Code of medical and sanitary regulations for the guidance of medical officers serving in the Madras Presidency - Volume I
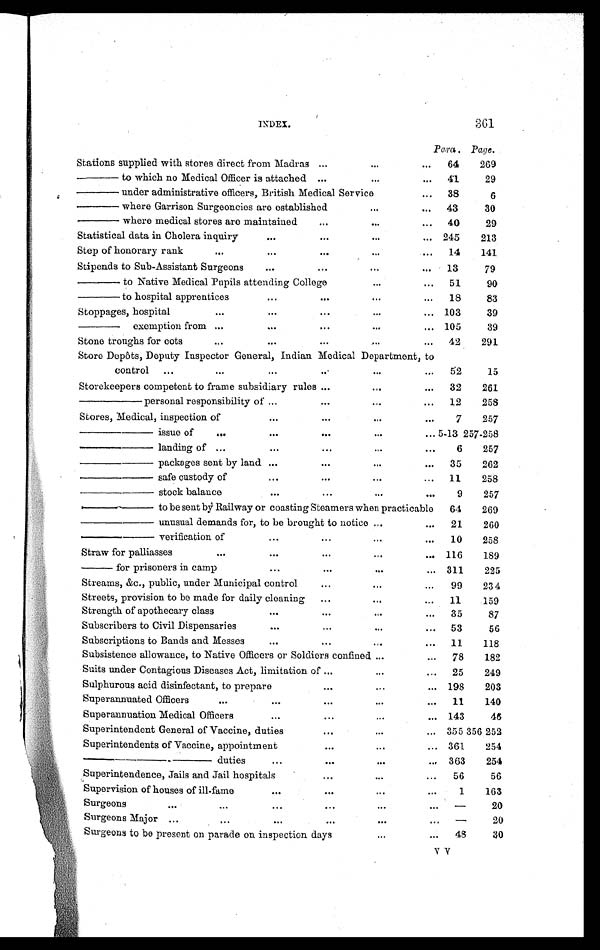
INDEX.
361
Para. Page.
Stations supplied with stores direct from Madras ...
...
...
64
269
— to which no Medical Officer is attached ...
...
. . .41
29
— under administrative officers, British Medical Service
. . .
38
6
— where Garrison Surgeoncies are established
...
. . .
43
30
— where medical stores are maintained
. . .
...
...
40
29
Statistical data in Cholera inquiry
. . .
...
...
... 245
213
Step of honorary rank
. . .
...
. . .
...
...
14
141
Stipends to Sub-Assistant Surgeons
. . .
...
...
...
13
79
— to Native Medical Pupils attending College
...
...
51
90
— to hospital apprentices
. . .
. . .
...
. . .
18
83
Stoppages, hospital
. . .
. . .
. . .
...
. . .
103
39
— exemption from ...
. . .
. . .
...
. . .
105
39
Stone troughs for cots
. . .
...
. . .
...
...
42
291
Store Depôts, Deputy Inspector General, Indian Medical Department, to
control
...
...
...
. . .
...
...
52
15
Storekeepers competent to frame subsidiary rules ...
...
. . .
32
261
—— personal responsibility of ...
. . .
...
. . .
12
258
Stores, Medical, inspection of
. . .
...
...
. . .
7
257
— — i s s u e o f
. . .
. . .
. . .
...
. . . 5 - 1 3
257-258
— — l a n d i n g o f...
...
. . .
...
. . .
6
257
—— packages sent by land ...
. . .
...
. . .
35
262
—— safe custody of
. . .
...
...
...
11
258
— — s t o c k b a l a n c e
...
...
...
. . .
9
257
—— to be sent by Railway or coasting Steamers when practicable
64
269
—— unusual demands for, to be brought to notice
...
. . .
21
260
—— verification of
. . .
. . .
...
...
10
258
Straw for palliasses
. . .
. . .
. . .
...
... 116
189
— for prisoners in camp
...
...
...
... 311
225
Streams, &c., public, under Municipal control
. . .
...
...
99
234
Streets, provision to be made for daily cleaning
. . .
...
. . .
11
159
Strength of apothecary class
. . .
. . .
...
. . .
35
87
Subscribers to Civil Dispensaries
. . .
. . .
...
...
53
56
Subscriptions to Bands and Messes
. . .
. . .
...
...
11
118
Subsistence allowance, to Native Officers or Soldiers confined ...
...
78
182
Suits under Contagious Diseases Act, limitation of
. . .
...
...
25
249
Sulphurous acid disinfectant, to prepare
. . .
...
. . .
198
203
Superannuated Officers
. . .
. . .
. . .
...
...
11
140
Superannuation Medical Officers
. . .
. . .
...
... 143
46
Superintendent General of Vaccine, duties
...
...
... 355 356 252
Superintendents of Vaccine, appointment
. . .
...
... 361
254
—————— duties
...
. . .
...
. . .
363
254
Superintendence, Jails and Jail hospitals
...
...
...
56
56
Supervision of houses of ill-fame
. . .
. . .
. . .
. . .
1
163
Sur g eons
...
. . .
...
. . .
...
. . .
—
2 0
Surgeons Major ...
. . .
. . .
. . .
...
...
—
20
Surgeons to be present on parade on inspection days
...
. . .
48
30
V V